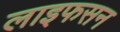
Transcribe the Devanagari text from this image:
लाइफसन